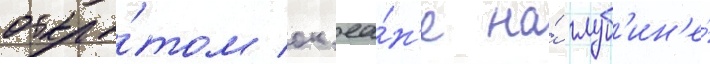
откры́том ок'еа́н'е на́ глуб'ин'е́